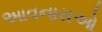
આવનારાઓ